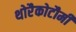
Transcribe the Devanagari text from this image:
थोरैकोटौमी